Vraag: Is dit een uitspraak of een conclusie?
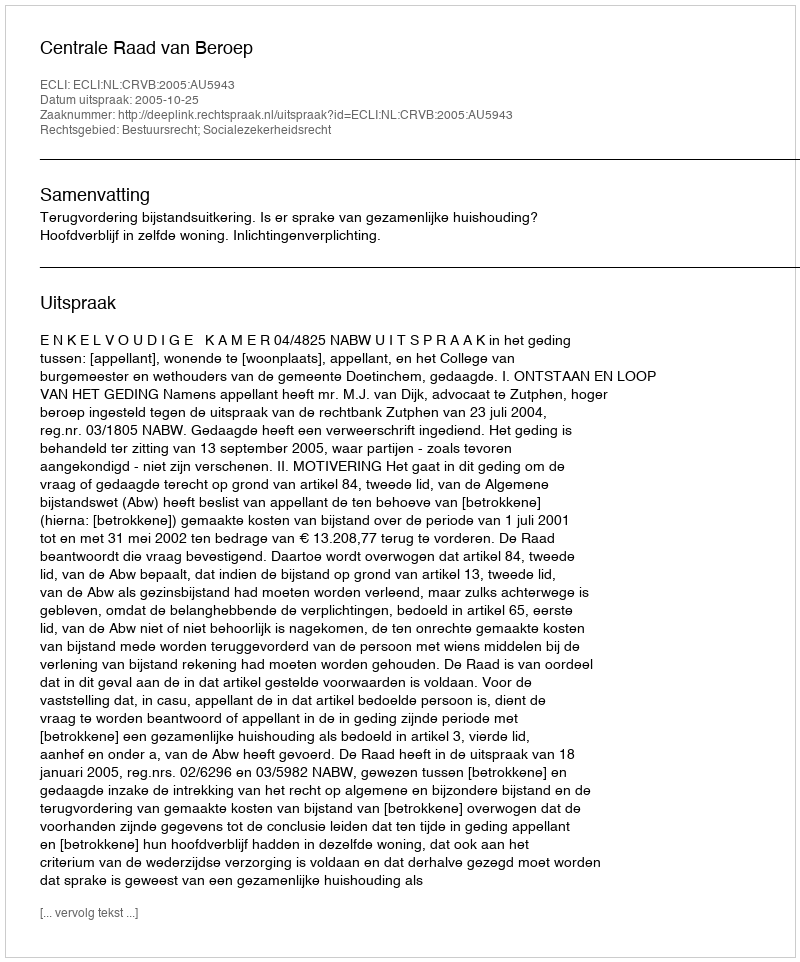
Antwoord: Uitspraak